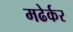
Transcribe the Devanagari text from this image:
मढेर्कर